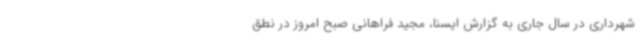
شهرداری در سال جاری به گزارش ایسنا، مجید فراهانی صبح امروز در نطق